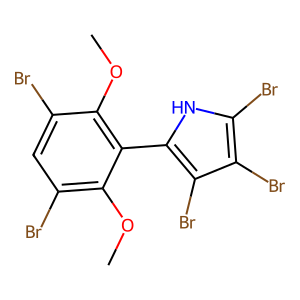
SMILES: COc1c(Br)cc(Br)c(OC)c1-c1[nH]c(Br)c(Br)c1Br
Inhibits HIV replication: No